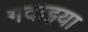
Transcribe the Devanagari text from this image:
गदाइया